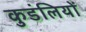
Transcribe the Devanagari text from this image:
कुडंलियों